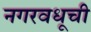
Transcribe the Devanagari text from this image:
नगरवधूची